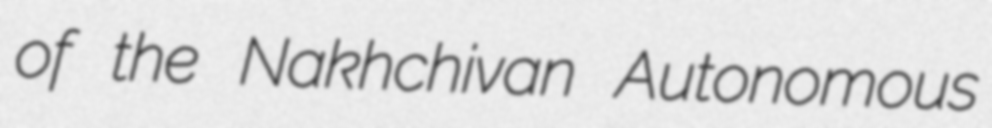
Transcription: of the Nakhchivan Autonomous